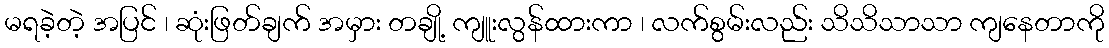
မရခဲ့တဲ့ အပြင် ၊ ဆုံးဖြတ်ချက် အမှား တချို့ ကျူးလွန်ထားကာ ၊ လက်စွမ်းလည်း သိသိသာသာ ကျနေတာကို